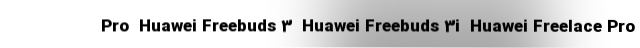
Pro  Huawei Freebuds 3  Huawei Freebuds 3i  Huawei Freelace Pro